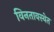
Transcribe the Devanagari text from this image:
विनतावस्थेत